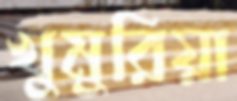
খুমুরিয়া